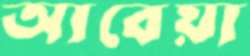
আবেয়া